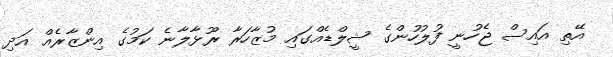
އޭތި އައިސް ޖެހުނީ ފުލުހުންގެ ޝީލްޑެއްގައި މުޒާހަރާ ރޫޅާލާނެ ކަމުގެ އިންޒާރެއް އަދި